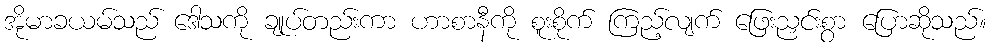
အိုမာခယမ်သည် ဒေါသကို ချုပ်တည်းကာ ဟာစာနီကို စူးစိုက် ကြည့်လျက် ဖြေးညှင်းစွာ ပြောဆိုသည်။